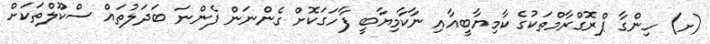
(ށ) ހިންގާ ޕްރޮގްރާމްތަކުގެ ކާމިޔާބީއާއި ނާކާމިޔާބީ ފާހަގަކޮށް ގެންނަން ފެންނަ ބަދަލުތައް ސްކޫލްތަކަށް